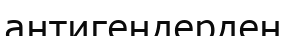
антигендерден